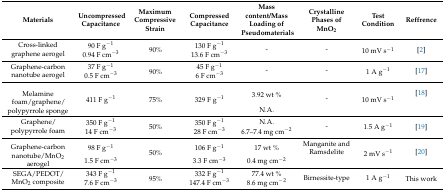
<table><thead><tr><td><b>Materials</b></td><td><b>Uncompressed Capacitance</b></td><td><b>Maximum Compressive Strain</b></td><td><b>Compressed Capacitance </b></td><td><b>Mass content/Mass Loading of Pseudomaterials</b></td><td><b>Crystalline Phases of MnO<sub>2</sub></b></td><td><b>Test Condition</b></td><td><b>Reffrence</b></td></tr></thead><tbody><tr><td rowspan="2">Cross-linked graphene aerogel</td><td>90 F g<sup>−1</sup></td><td rowspan="2">90%</td><td>130 F g<sup>−1</sup></td><td rowspan="2">-</td><td rowspan="2">-</td><td rowspan="2">10 mV s<sup>−1</sup></td><td rowspan="2">[2]</td></tr><tr><td>0.94 F cm<sup>−3</sup></td><td>13.6 F cm<sup>−3</sup></td></tr><tr><td rowspan="2">Graphene-carbon nanotube aerogel</td><td>37 F g<sup>−1</sup></td><td rowspan="2">90%</td><td>45 F g<sup>−1</sup></td><td rowspan="2">-</td><td rowspan="2">-</td><td rowspan="2">1 A g<sup>−1</sup></td><td rowspan="2">[17]</td></tr><tr><td>0.5 F cm<sup>−3</sup></td><td>6 F cm<sup>−3</sup></td></tr><tr><td rowspan="2">Melamine foam/graphene/polypyrrole sponge</td><td rowspan="2">411 F g<sup>−1</sup></td><td rowspan="2">75%</td><td rowspan="2">329 F g<sup>−1</sup></td><td>3.92 wt %</td><td rowspan="2">-</td><td rowspan="2">10 mV s<sup>−1</sup></td><td rowspan="2">[18]</td></tr><tr><td>N.A.</td></tr><tr><td rowspan="2">Graphene/polypyrrole foam</td><td>350 F g<sup>−1</sup></td><td rowspan="2">50%</td><td>350 F g<sup>−1</sup></td><td>N.A.</td><td rowspan="2">-</td><td rowspan="2">1.5 A g<sup>−1</sup></td><td rowspan="2">[19]</td></tr><tr><td>14 F cm<sup>−3</sup></td><td>28 F cm<sup>−3</sup></td><td>6.7–7.4 mg cm<sup>−2</sup></td></tr><tr><td rowspan="2">Graphene-carbon nanotube/MnO<sub>2</sub> aerogel</td><td>98 F g<sup>−1</sup></td><td rowspan="2">50%</td><td>106 F g<sup>−1</sup></td><td>17 wt %</td><td>Manganite and Ramsdelite</td><td rowspan="2">2 mV s<sup>−1</sup></td><td rowspan="2">[20]</td></tr><tr><td>1.5 F cm<sup>−3</sup></td><td>3.3 F cm<sup>−3</sup></td><td>0.4 mg cm<sup>−2</sup></td><td></td></tr><tr><td rowspan="2">SEGA/PEDOT/MnO<sub>2</sub> composite</td><td>343 F g<sup>−1</sup></td><td rowspan="2">95%</td><td>332 F g<sup>−1</sup></td><td>77.4 wt %</td><td rowspan="2">Birnessite-type</td><td rowspan="2">1 A g<sup>−1</sup></td><td rowspan="2">This work</td></tr><tr><td>7.6 F cm<sup>−3</sup></td><td>147.4 F cm<sup>−3</sup></td><td>8.6 mg cm<sup>−</sup><sup>2</sup></td></tr></tbody></table>